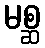
မစ္ဆ